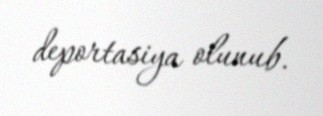
deportasiya olunub.